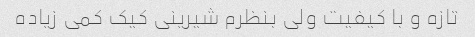
تازه و با کیفیت ولی بنظرم شیرینی کیک کمی زیاده